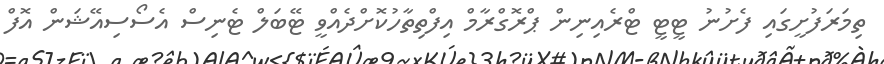
ތިމަރަފުށީގައި ފެށުނު ޓީޓީ ޓްރެއިނިން ޕްރޮގްރާމް އިފްތިތާހުކޮށްދެއްވީ ޓޭބަލް ޓެނިސް އެސޯސިއޭޝަން އޮފް